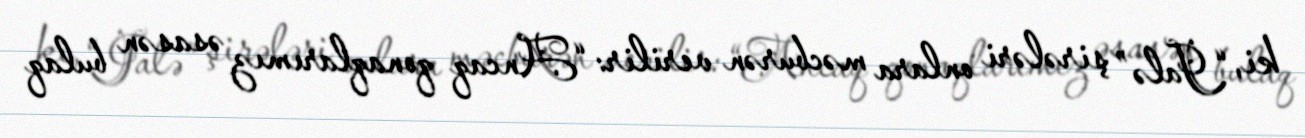
ki, “Jalə” şirələri onlara məcburən verilir: “Ancaq qonaqlarımız əsasən bulaq